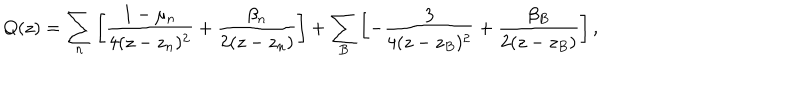
Q ( z ) = \sum _ { n } \left[ \frac { 1 - \mu _ { n } } { 4 ( z - z _ { n } ) ^ { 2 } } + \frac { \beta _ { n } } { 2 ( z - z _ { n } ) } \right] + \sum _ { B } \left[ - \frac { 3 } { 4 ( z - z _ { B } ) ^ { 2 } } + \frac { \beta _ { B } } { 2 ( z - z _ { B } ) } \right] ,